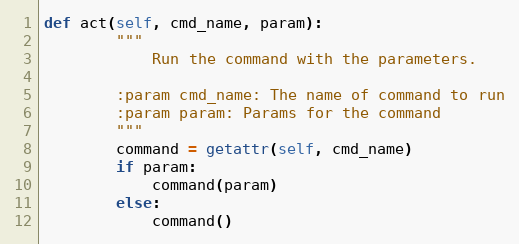
Language: Python
def act(self, cmd_name, param):
        """
            Run the command with the parameters.

        :param cmd_name: The name of command to run
        :param param: Params for the command
        """
        command = getattr(self, cmd_name)
        if param:
            command(param)
        else:
            command()